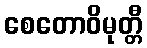
စေတောဝိမုတ္တီ